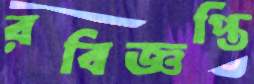
রবিজ্ঞপ্তি